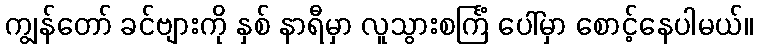
ကျွန်တော် ခင်ဗျားကို နှစ် နာရီမှာ လူသွားစင်္ကြံ ပေါ်မှာ စောင့်နေပါမယ်။